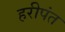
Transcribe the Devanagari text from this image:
हरीपंत